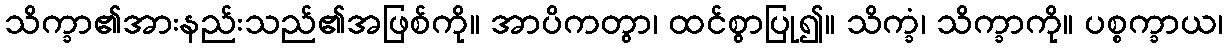
သိက္ခာ၏အားနည်းသည်၏အဖြစ်ကို။ အာပိကတွာ၊ ထင်စွာပြု၍။ သိက္ခံ၊ သိက္ခာကို။ ပစ္စက္ခာယ၊